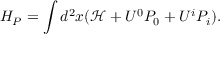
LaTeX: H _ { P } = \int d ^ { 2 } x ( { \mathcal { H } } + U ^ { 0 } P _ { 0 } + U ^ { i } P _ { i } ) .